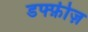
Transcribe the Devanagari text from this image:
डफ्फ़ीज़